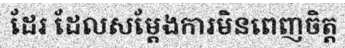
ដែរ ដែលសម្តែងការមិនពេញចិត្ត